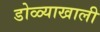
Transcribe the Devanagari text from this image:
डोळ्याखाली